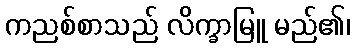
ကညစ်စာသည် လိက္ခာမြူ မည်၏၊